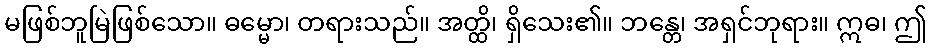
မဖြစ်ဘူမြဲဖြစ်သော။ ဓမ္မော၊ တရားသည်။ အတ္ထိ၊ ရှိသေး၏။ ဘန္တေ၊ အရှင်ဘုရား။ ဣဓ၊ ဤ